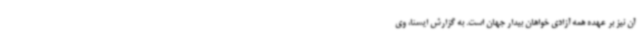
آن نیز بر عهده همه آزادی خواهان بیدار جهان است. به گزارش ایسنا، وی